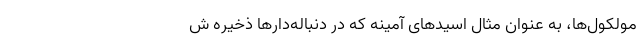
مولکول‌ها، به عنوان مثال اسیدهای آمینه که در دنباله‌دارها ذخیره ش